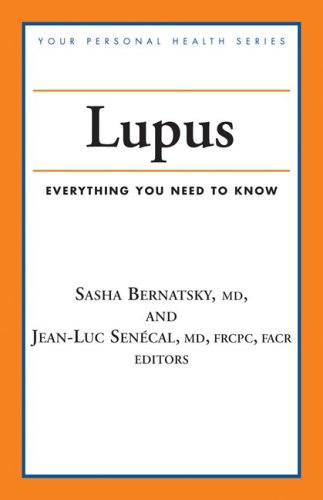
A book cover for Lupus: Everything You Need to Know (Your Personal Health); Health, Fitness & Dieting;